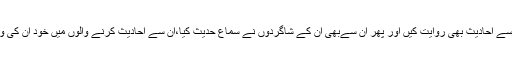
حضرت ام مرثد رضی اللہ عنہا نے رسول اللہ ﷺ سے احادیث بھی روایت کیں اور پھر ان سےبھی ان کے شاگردوں نے سماع حدیث کیا،ان سے احادیث کرنے والوں میں خود ان کی والدہ حضرت خارجہ رضی اللہ عنہا بھی شامل ہیں۔